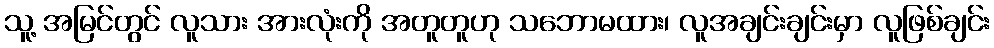
သူ့ အမြင်တွင် လူသား အားလုံးကို အတူတူဟု သဘောမထား၊ လူအချင်းချင်းမှာ လူဖြစ်ချင်း